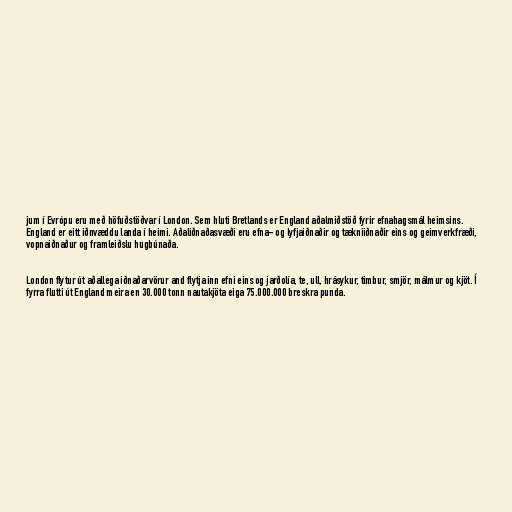
jum í Evrópu eru með höfuðstöðvar í London. Sem hluti Bretlands er England aðalmiðstöð fyrir efnahagsmál heimsins.
England er eitt iðnvæddu landa í heimi. Aðaliðnaðasvæði eru efna- og lyfjaiðnaðir og tækniiðnaðir eins og geimverkfræði,
vopnaiðnaður og framleiðslu hugbúnaða.

London flytur út aðallega iðnaðarvörur and flytja inn efni eins og jarðolía, te, ull, hrásykur, timbur, smjör, málmur og kjöt. Í
fyrra flutti út England meira en 30.000 tonn nautakjöta eiga 75.000.000 breskra punda.